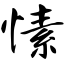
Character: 愫